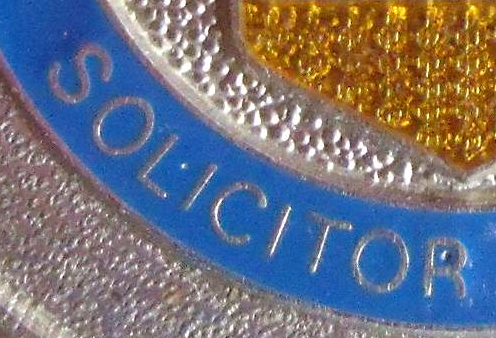
SOLICITOR